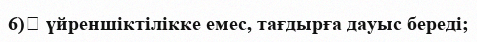
6)	 үйреншіктілікке емес, тағдырға дауыс береді;